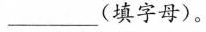
___(填字母)。